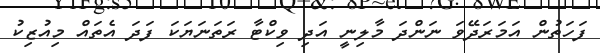
ފަހަތުން އަމަރަދޭވަ ނަންދަ މާލިނީ އަދި ވިކްޓާ ރަތަނަޔަކަ ފަދަ އެތައް މިއުޒިކު